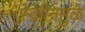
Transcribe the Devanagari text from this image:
स्क्रीनमुळे